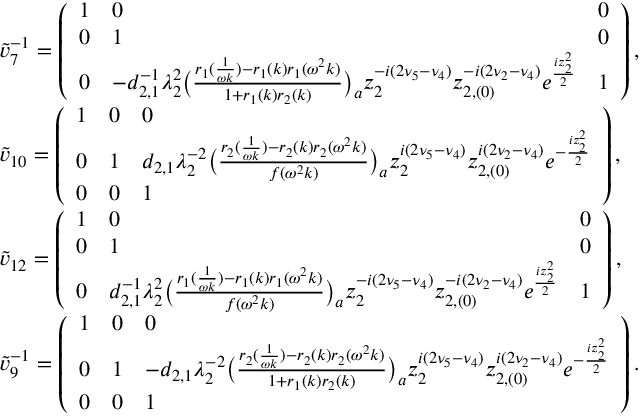
\begin{array} { r l } & { \tilde { v } _ { 7 } ^ { - 1 } = \left( \begin{array} { l l l } { 1 } & { 0 } & { 0 } \\ { 0 } & { 1 } & { 0 } \\ { 0 } & { - d _ { 2 , 1 } ^ { - 1 } \lambda _ { 2 } ^ { 2 } \big ( \frac { r _ { 1 } ( \frac { 1 } { \omega k } ) - r _ { 1 } ( k ) r _ { 1 } ( \omega ^ { 2 } k ) } { 1 + r _ { 1 } ( k ) r _ { 2 } ( k ) } \big ) _ { a } z _ { 2 } ^ { - i ( 2 \nu _ { 5 } - \nu _ { 4 } ) } z _ { 2 , ( 0 ) } ^ { - i ( 2 \nu _ { 2 } - \nu _ { 4 } ) } e ^ { \frac { i z _ { 2 } ^ { 2 } } { 2 } } } & { 1 } \end{array} \right) , } \\ & { \tilde { v } _ { 1 0 } = \left( \begin{array} { l l l } { 1 } & { 0 } & { 0 } \\ { 0 } & { 1 } & { d _ { 2 , 1 } \lambda _ { 2 } ^ { - 2 } \big ( \frac { r _ { 2 } ( \frac { 1 } { \omega k } ) - r _ { 2 } ( k ) r _ { 2 } ( \omega ^ { 2 } k ) } { f ( \omega ^ { 2 } k ) } \big ) _ { a } z _ { 2 } ^ { i ( 2 \nu _ { 5 } - \nu _ { 4 } ) } z _ { 2 , ( 0 ) } ^ { i ( 2 \nu _ { 2 } - \nu _ { 4 } ) } e ^ { - \frac { i z _ { 2 } ^ { 2 } } { 2 } } } \\ { 0 } & { 0 } & { 1 } \end{array} \right) , } \\ & { \tilde { v } _ { 1 2 } = \left( \begin{array} { l l l } { 1 } & { 0 } & { 0 } \\ { 0 } & { 1 } & { 0 } \\ { 0 } & { d _ { 2 , 1 } ^ { - 1 } \lambda _ { 2 } ^ { 2 } \big ( \frac { r _ { 1 } ( \frac { 1 } { \omega k } ) - r _ { 1 } ( k ) r _ { 1 } ( \omega ^ { 2 } k ) } { f ( \omega ^ { 2 } k ) } \big ) _ { a } z _ { 2 } ^ { - i ( 2 \nu _ { 5 } - \nu _ { 4 } ) } z _ { 2 , ( 0 ) } ^ { - i ( 2 \nu _ { 2 } - \nu _ { 4 } ) } e ^ { \frac { i z _ { 2 } ^ { 2 } } { 2 } } } & { 1 } \end{array} \right) , } \\ & { \tilde { v } _ { 9 } ^ { - 1 } = \left( \begin{array} { l l l } { 1 } & { 0 } & { 0 } \\ { 0 } & { 1 } & { - d _ { 2 , 1 } \lambda _ { 2 } ^ { - 2 } \big ( \frac { r _ { 2 } ( \frac { 1 } { \omega k } ) - r _ { 2 } ( k ) r _ { 2 } ( \omega ^ { 2 } k ) } { 1 + r _ { 1 } ( k ) r _ { 2 } ( k ) } \big ) _ { a } z _ { 2 } ^ { i ( 2 \nu _ { 5 } - \nu _ { 4 } ) } z _ { 2 , ( 0 ) } ^ { i ( 2 \nu _ { 2 } - \nu _ { 4 } ) } e ^ { - \frac { i z _ { 2 } ^ { 2 } } { 2 } } } \\ { 0 } & { 0 } & { 1 } \end{array} \right) . } \end{array}